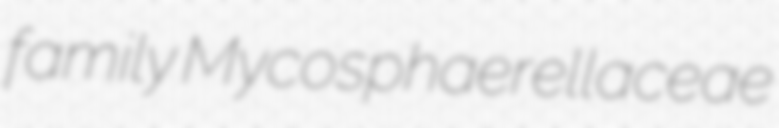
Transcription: family Mycosphaerellaceae